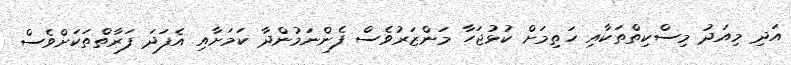
އަދި މިއަދު މިސްކިތްތަކާއި ހަތިމަށް ކުޅުޖަހާ މަންޒަރުވެސް ފެންނަމުންދާ ކަމަށާއި އެފަދަ ފަރާތްތަކަށްވެސް